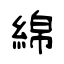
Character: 綿